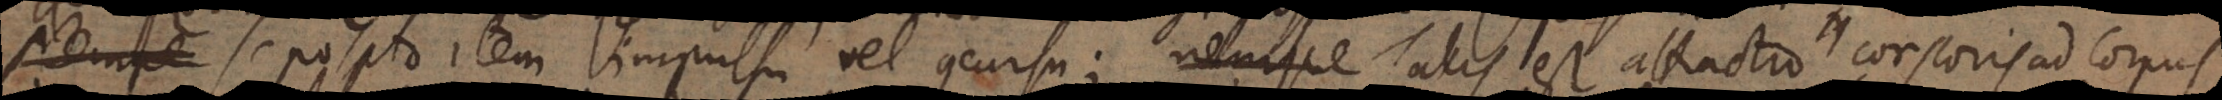
Nempe, seposito item impulsu vel concursu; nempe talis est attractio corporis ad corpus,